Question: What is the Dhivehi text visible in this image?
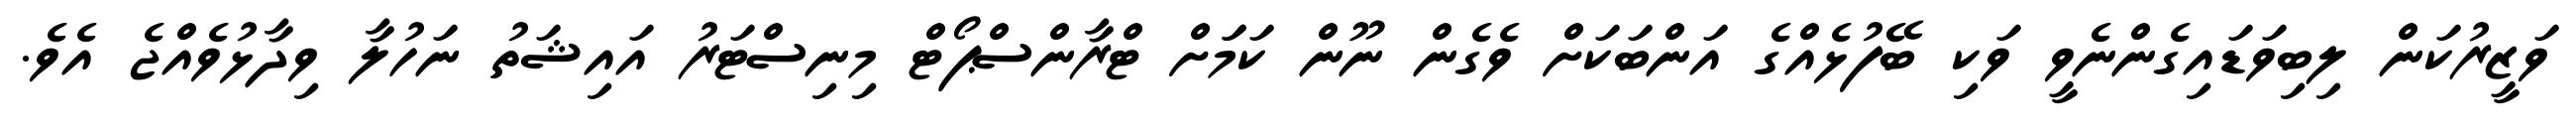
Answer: ވަޒީރުކަން ލިބިވަޑައިގެންނެވީ ވަކި ބޭފުޅެއްގެ އަންބަކަށް ވެގެން ނޫން ކަމަަށް ޓްރާންސްޕޯޓް މިނިސްޓަރު އައިޝަތު ނަހުލާ ވިދާޅުވެއްޖެ އެވެ.